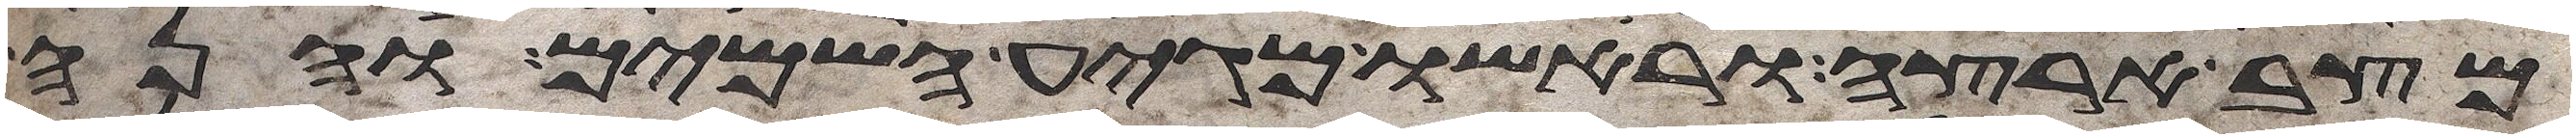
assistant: מצב ארצה וראשו מגיע השמים והנה